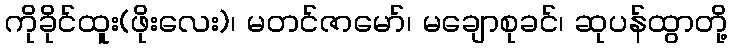
ကိုခိုင်ထူး(ဖိုးလေး)၊ မတင်ဇာမော်၊ မချောစုခင်၊ ဆုပန်ထွာတို့